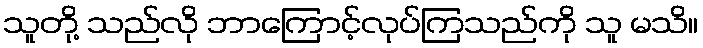
သူတို့ သည်လို ဘာကြောင့်လုပ်ကြသည်ကို သူ မသိ။